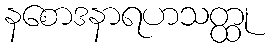
နစောဒနာရဟသတ္ထု